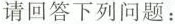
请回答下列问题：